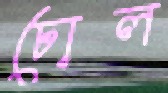
ঢোল